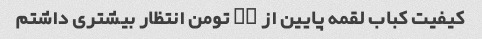
کیفیت کباب لقمه پایین از ۲۷ تومن انتظار بیشتری داشتم